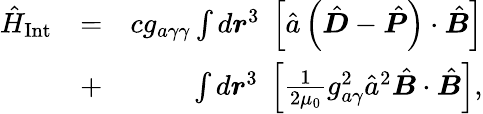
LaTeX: \begin{array}{rlr}{\hat{H}_{\mathrm{Int}}}&{=}&{cg_{a\gamma\gamma}\int d\boldsymbol r^{3}\; \left[\hat{a}\left(\hat{\boldsymbol D}-\hat{\boldsymbol P}\right)\cdot\hat{\boldsymbol B}\right]}\\ &{+}&{\int d\boldsymbol r^{3}\; \left[\frac{1}{2\mu_{0}}g_{a\gamma}^{2}\hat{a}^{2}\hat{\boldsymbol B}\cdot\hat{\boldsymbol B}\right],}\end{array}